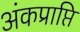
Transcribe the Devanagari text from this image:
अंकप्राप्ति